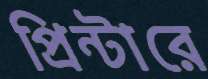
প্রিন্টারে